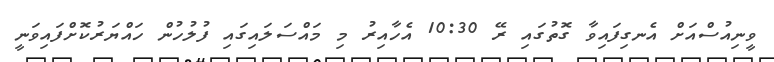
ވީނިއުސްއަށް އެނގިފައިވާ ގޮތުގައި ރޭ 10:30 އެހާއިރު މި މައްސަލައިގައި ފުލުހުން ހައްޔަރުކޮށްފައިވަނީ